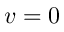
v = 0